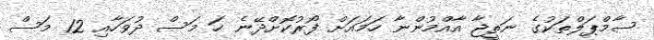
ސާމްޕަލްތަކުގެ ނަތީޖާ އާއްމުންނާ ހަމައަށް ފޯރުކޮށްދޭނެ ހަ މަސް ދުވަހާއި 12 މަސް